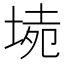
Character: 𡍡